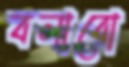
বলাবো